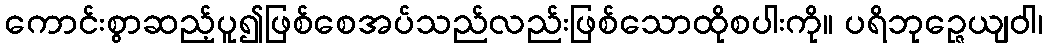
ကောင်းစွာဆည့်ပူ၍ဖြစ်စေအပ်သည်လည်းဖြစ်သောထိုစပါးကို။ ပရိဘုဉ္ဇေယျဝါ၊